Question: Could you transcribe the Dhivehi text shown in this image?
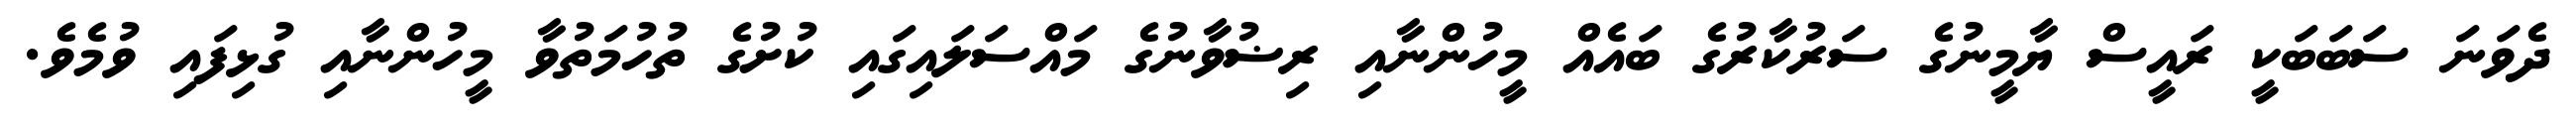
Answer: ދެވަނަ ސަބަބަކީ ރައީސް ޔާމީނުގެ ސަރުކާރުގެ ބައެއް މީހުންނާއި ރިޟުވާނުގެ މައްސަލައިގައި ކުށުގެ ތުހުމަތުވާ މީހުންނާއި ގުޅިފައި ވުމެވެ.